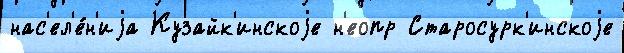
нас'ел'е́н'иjа Кузайк'инскоjе н'еопр Старосурк'инскоjе